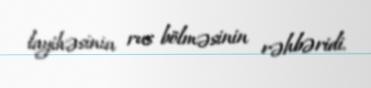
layihəsinin rus bölməsinin rəhbəridi.